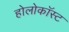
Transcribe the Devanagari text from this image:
होलोकॉस्‍ट